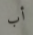
أب